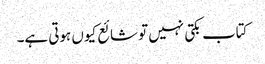
کتاب بکتی نہیں تو شائع کیوں ہوتی ہے۔